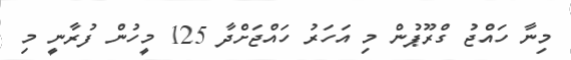
މިނާ ހައްޖު ގްރޫޕުން މި އަހަރު ހައްޖަށްދާ 125 މީހުން ފުރާނީ މި